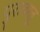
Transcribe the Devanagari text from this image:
पुरावस्तू